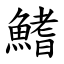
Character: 鰭